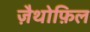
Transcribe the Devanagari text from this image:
ज़ैथोफ़िल